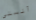
أنستي